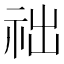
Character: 𥙋